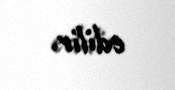
edilir.